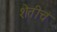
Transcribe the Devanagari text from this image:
शेतीचं